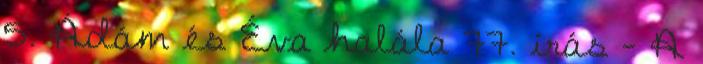
5. Ádám és Éva halála 77. írás - A